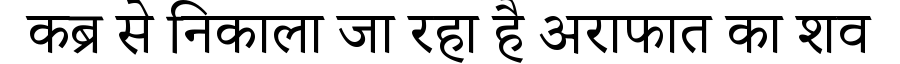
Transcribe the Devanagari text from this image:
कब्र से निकाला जा रहा है अराफात का शव